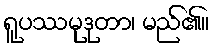
ရူပဿမုဒုတာ၊ မည်၏။